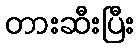
တားဆီးပြီး